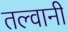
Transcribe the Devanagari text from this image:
तल्वानी